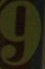
9